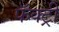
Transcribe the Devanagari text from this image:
फॅक्ट्री